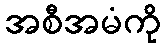
အစီအမံကို